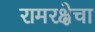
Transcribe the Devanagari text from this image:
रामरक्षेचा